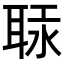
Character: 𦕷